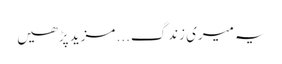
یہ میری زندگ... مزید پڑھیں